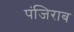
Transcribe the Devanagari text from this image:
पंजिराब